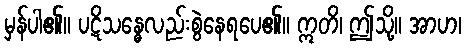
မှန်ပါ၏။ ပဋိသန္ဓေလည်းစွဲနေရပေ၏။ ဣတိ၊ ဤသို့။ အာဟ၊